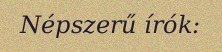
Népszerű írók: